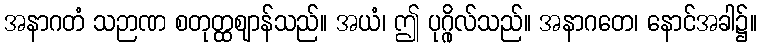
အနာဂတံ သဉာဏ စတုတ္ထဈာန်သည်။ အယံ၊ ဤ ပုဂ္ဂိုလ်သည်။ အနာဂတေ၊ နောင်အခါ၌။